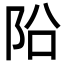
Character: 𨸮